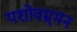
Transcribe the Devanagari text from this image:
यशोवम्र्मन